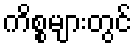
ကိစ္စများတွင်